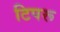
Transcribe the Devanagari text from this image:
टिपरू